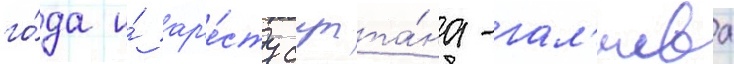
го́да и́ ар'е́сту султа́на-гал'иева